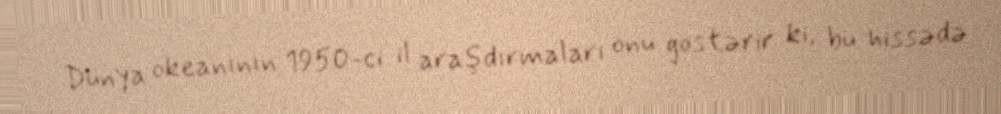
Dünya okeanının 1950-ci il araşdırmaları onu göstərir ki, bu hissədə